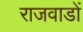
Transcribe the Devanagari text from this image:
राजवाडों